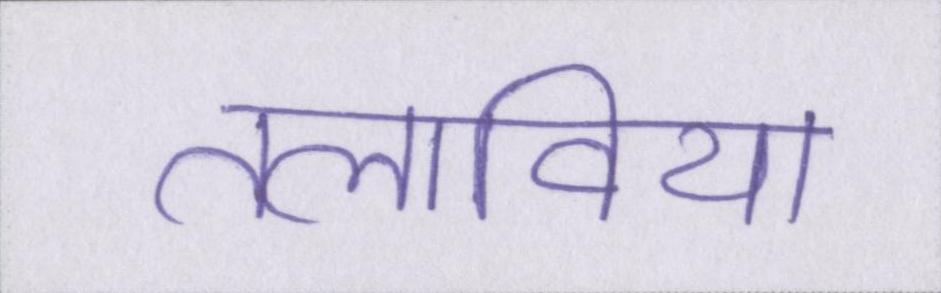
तलाविया